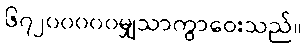
၆၇၂၀၀၀၀၀မျှသာကွာဝေးသည်။